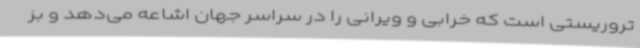
تروریستی است که خرابی و ویرانی را در سراسر جهان اشاعه می‌دهد و بز